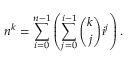
n ^ { k } = \sum _ { i = 0 } ^ { n - 1 } \left( \sum _ { j = 0 } ^ { i - 1 } { \binom { k } { j } } i ^ { j } \right) .